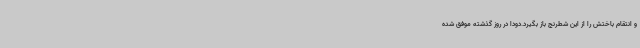
و انتقام باختش را از این شطرنج باز بگیرد.دودا در روز گذشته موفق شده